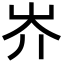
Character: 岕